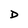
Character: D